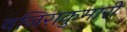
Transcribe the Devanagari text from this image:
वजिराकुमारी